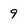
Character: 9